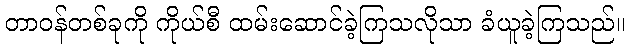
တာဝန်တစ်ခုကို ကိုယ်စီ ထမ်းဆောင်ခဲ့ကြသလိုသာ ခံယူခဲ့ကြသည်။